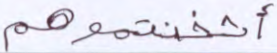
أثخنتموهم